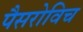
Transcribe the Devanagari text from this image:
पैसरोविच